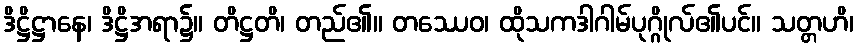
ဒိဋ္ဌိဋ္ဌာနေ၊ ဒိဋ္ဌိအရာ၌။ တိဋ္ဌတိ၊ တည်၏။ တဿေဝ၊ ထိုသကဒါဂါမ်ပုဂ္ဂိုလ်၏ပင်။ သတ္တဟိ၊